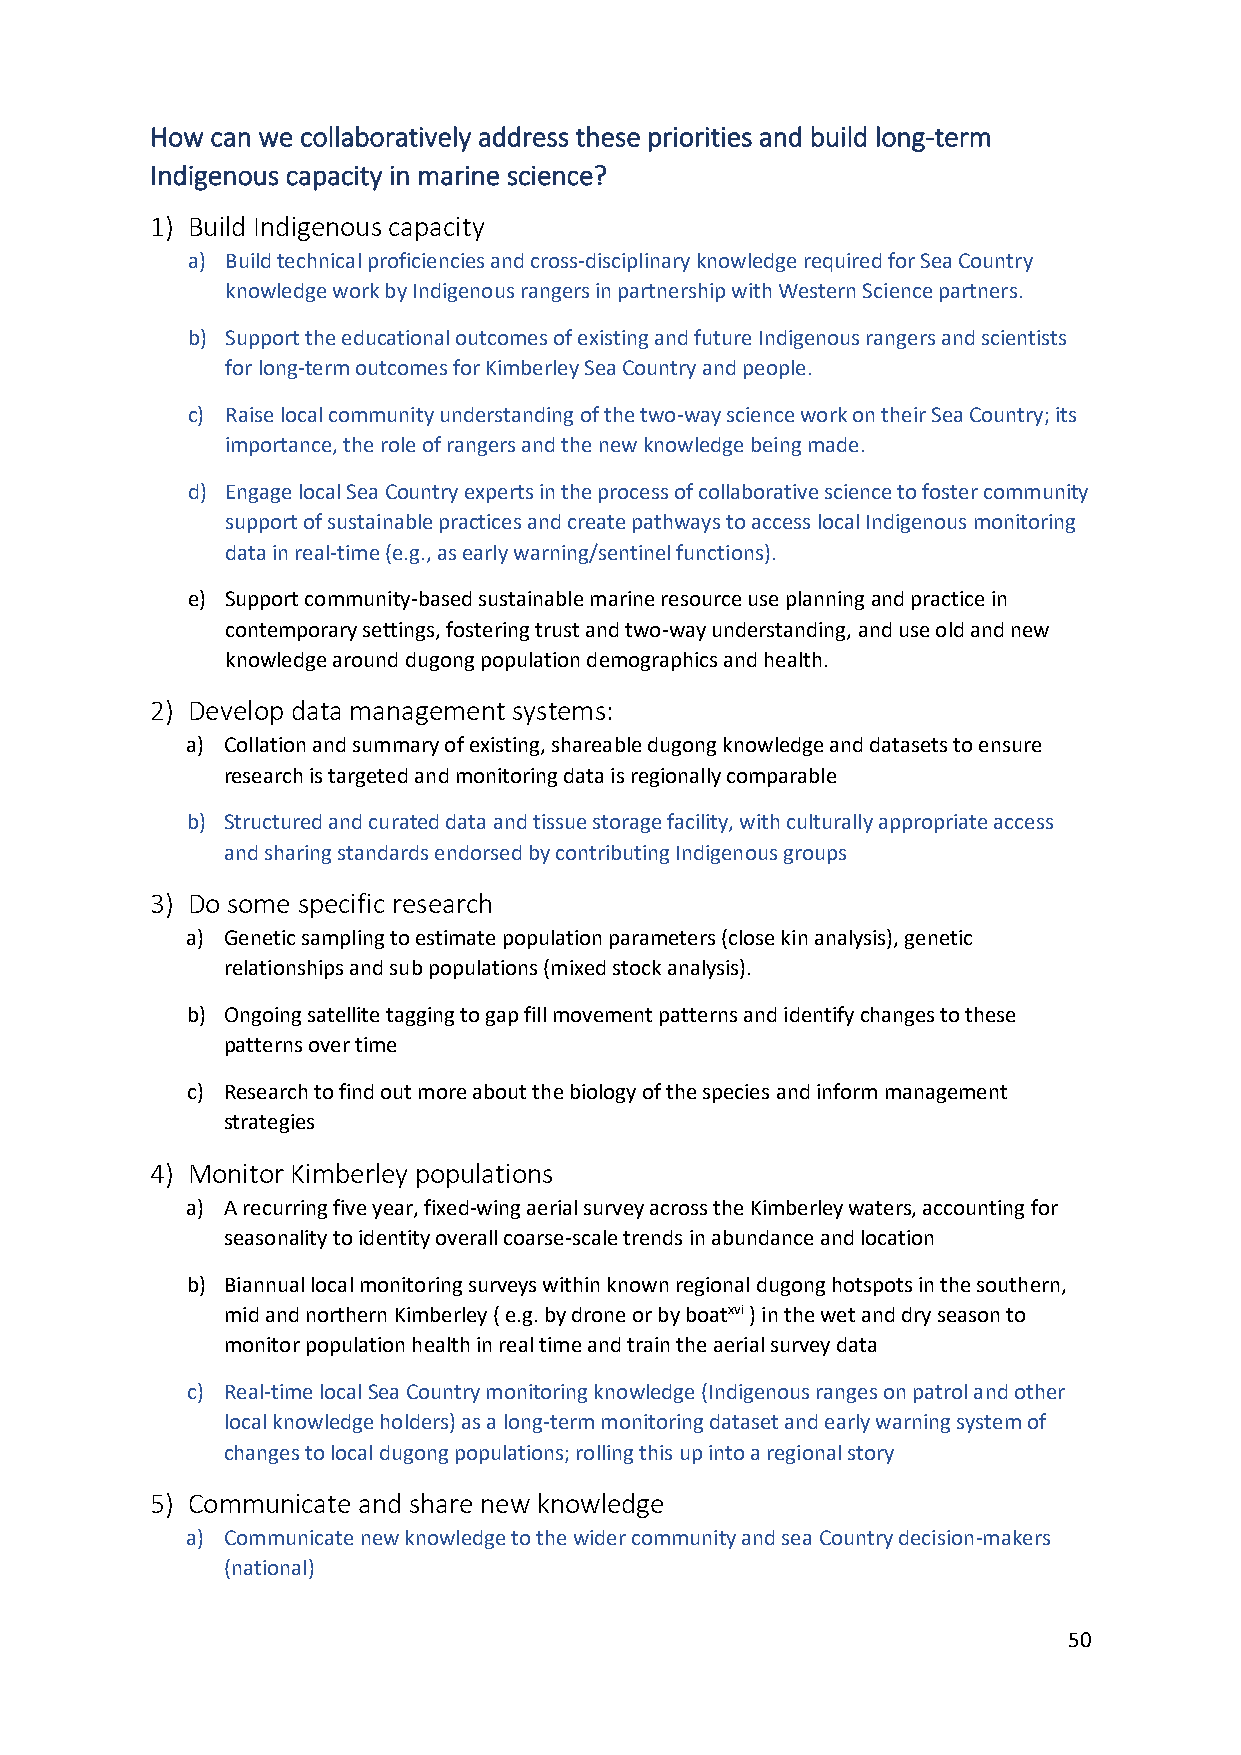
How can we collaboratively address these priorities and build long-term
 Indigenous capacity in marine science?
 1) Build Indigenous capacity
 a) Build technical proficiencies and cross-disciplinary knowledge required for Sea Country
 knowledge work by Indigenous rangers in partnership with Western Science partners.
 b) Support the educational outcomes of existing and future Indigenous rangers and scientists
 for long-term outcomes for Kimberley Sea Country and people.
 c) Raise local community understanding of the two-way science work on their Sea Country; its
 importance, the role of rangers and the new knowledge being made.
 d) Engage local Sea Country experts in the process of collaborative science to foster community
 support of sustainable practices and create pathways to access local Indigenous monitoring
 data in real-time (e.g., as early warning/sentinel functions).
 e) Support community-based sustainable marine resource use planning and practice in
 contemporary settings, fostering trust and two-way understanding, and use old and new
 knowledge around dugong population demographics and health.
 2) Develop data management systems:
 a) Collation and summary of existing, shareable dugong knowledge and datasets to ensure
 research is targeted and monitoring data is regionally comparable
 b) Structured and curated data and tissue storage facility, with culturally appropriate access
 and sharing standards endorsed by contributing Indigenous groups
 3) Do some specific research
 a) Genetic sampling to estimate population parameters (close kin analysis), genetic
 relationships and sub populations (mixed stock analysis).
 b) Ongoing satellite tagging to gap fill movement patterns and identify changes to these
 patterns over time
 c) Research to find out more about the biology of the species and inform management
 strategies
 4) Monitor Kimberley populations
 a) A recurring five year, fixed-wing aerial survey across the Kimberley waters, accounting for
 seasonality to identity overall coarse-scale trends in abundance and location
 b) Biannual local monitoring surveys within known regional dugong hotspots in the southern,
 mid and northern Kimberley ( e.g. by drone or by boatxvi ) in the wet and dry season to
 monitor population health in real time and train the aerial survey data
 c) Real-time local Sea Country monitoring knowledge (Indigenous ranges on patrol and other
 local knowledge holders) as a long-term monitoring dataset and early warning system of
 changes to local dugong populations; rolling this up into a regional story
 5) Communicate and share new knowledge
 a) Communicate new knowledge to the wider community and sea Country decision-makers
 (national)
 50